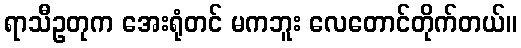
ရာသီဥတုက အေးရုံတင် မကဘူး လေတောင်တိုက်တယ်။